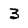
Character: 3